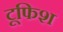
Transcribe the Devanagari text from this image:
टूफिश